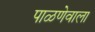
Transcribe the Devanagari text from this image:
पाळणेवाला